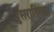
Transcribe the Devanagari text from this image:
दुसरातिसरा